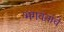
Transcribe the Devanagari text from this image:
भगवंतांचे